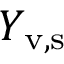
Y _ { \mathrm { v , s } }